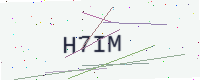
Text: H7IM